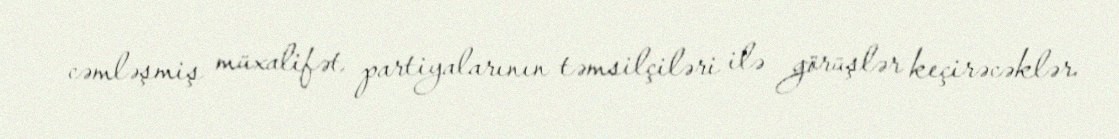
cəmləşmiş müxalifət partiyalarının təmsilçiləri ilə görüşlər keçirəcəklər.